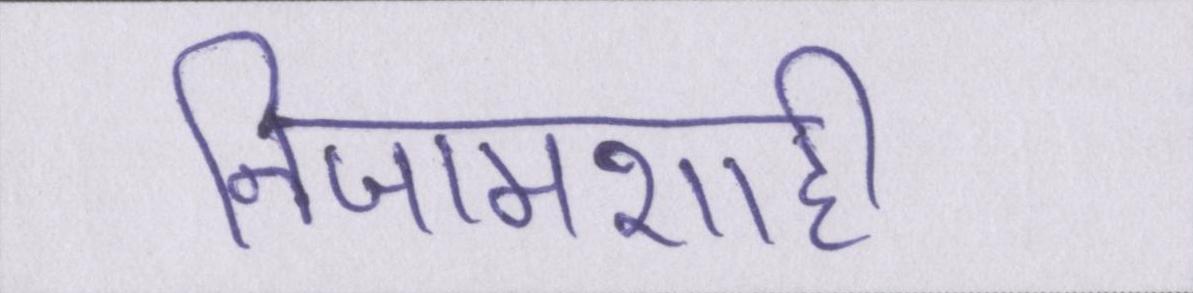
निजामशाही